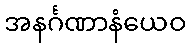
အနင်္ဂဏာနံယေဝ